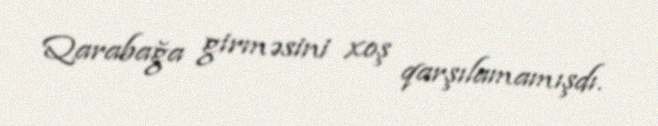
Qarabağa girməsini xoş qarşılamamışdı.